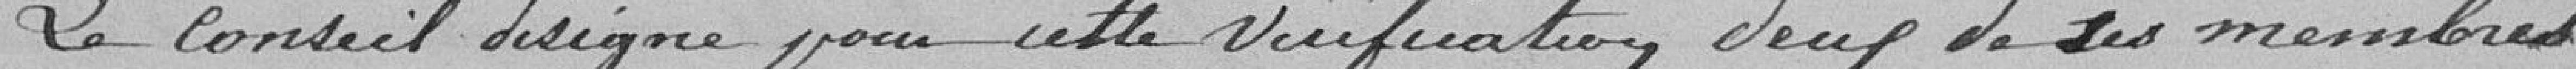
Le conseil désigne pour cette vérification deux de ses membres